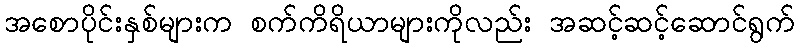
အစောပိုင်းနှစ်များက စက်ကိရိယာများကိုလည်း အဆင့်ဆင့်ဆောင်ရွက်